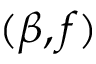
( \beta , f )